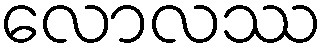
လောလဿ